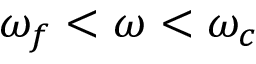
\omega _ { f } < \omega < \omega _ { c }